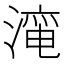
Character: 𱨜